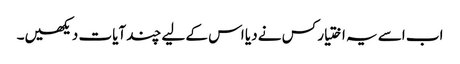
اب اسے یہ اختیار کس نے دیا اس کے لیے چند آیات دیکھیں۔